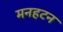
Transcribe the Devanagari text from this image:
मनहटन